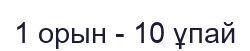
1 орын - 10 ұпай